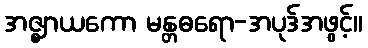
အဇ္ဈာယကော မန္တဓရော-အပုဒ်အဖွင့်။